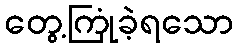
တွေ့ကြုံခဲ့ရသော